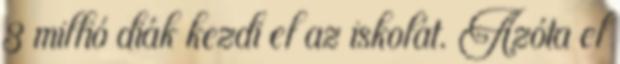
3 millió diák kezdi el az iskolát. Azóta el